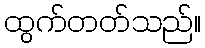
ထွက်တတ်သည်။